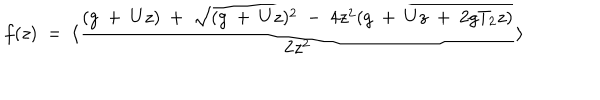
f ( z ) \ = \ \langle { \frac { ( g \ + \ U z ) \ + \ \sqrt { ( g \ + \ U z ) ^ { 2 } \ - \ 4 z ^ { 2 } ( g \ + \ U z \ + \ 2 g T _ { 2 } z ) } } { 2 z ^ { 2 } } } \rangle